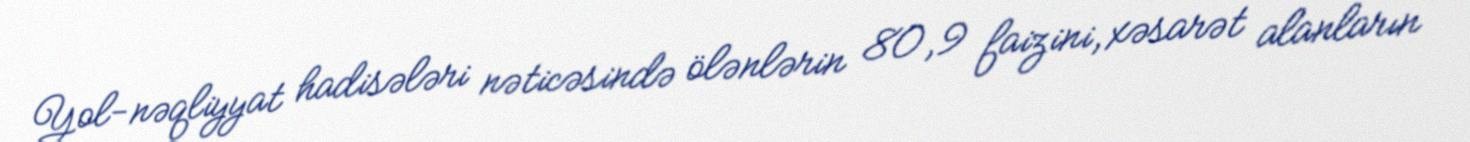
Yol-nəqliyyat hadisələri nəticəsində ölənlərin 80,9 faizini, xəsarət alanların